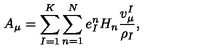
A _ { \mu } = \sum _ { I = 1 } ^ { K } \sum _ { n = 1 } ^ { N } e _ { I } ^ { n } H _ { n } { \frac { v _ { \mu } ^ { I } } { \rho _ { I } } } ,